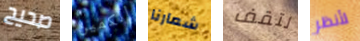
صحيح الكمين شعارنا لتقف لأنظر